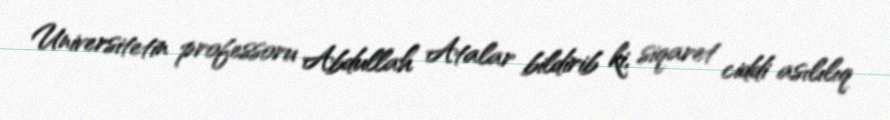
Universitetin professoru Abdullah Atalar bildirib ki, siqaret ciddi asılılıq